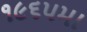
૧૯૬૫મા